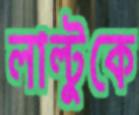
লাল্টুকে